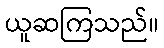
ယူဆကြသည်။